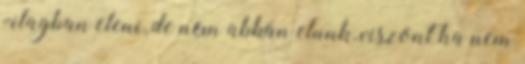
vilagban eleni, de nem abban elunk, viszont ha nem